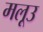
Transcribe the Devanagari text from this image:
मलूउ